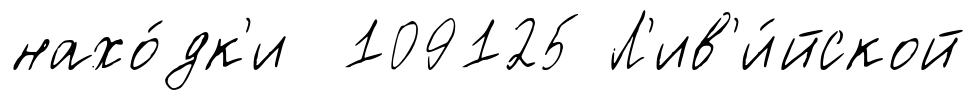
нахо́дк'и 109125 Л'ив'и́йской